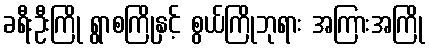
ခရီးဦးကြို ရွာစကြိုနှင့် စွယ်ကြိုဘုရား အကြားအကြို